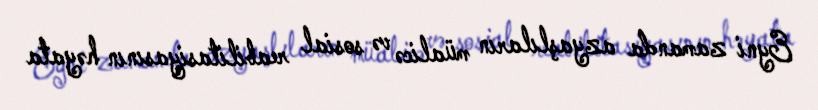
Eyni zamanda azyaşlıların müalicə və sosial reabilitasiyasının həyata